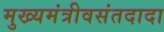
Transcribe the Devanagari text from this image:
मुख्यमंत्रीवसंतदादा